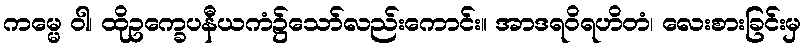
ကမ္မေ ဝါ၊ ထိုဥက္ခေပနီယကံ၌သော်လည်းကောင်း။ အာဒရဝိရဟိတံ၊ လေးစားခြင်းမှ